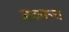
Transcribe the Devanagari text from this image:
जवकच